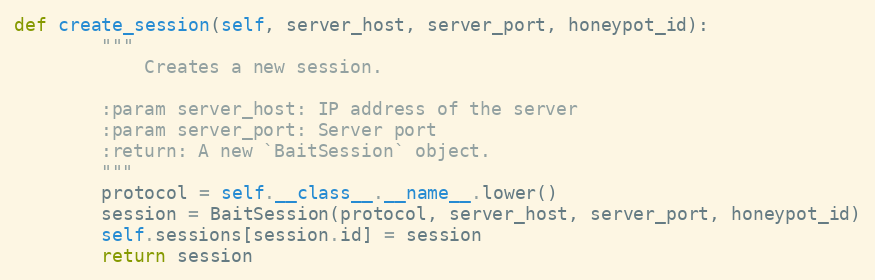
Language: Python
def create_session(self, server_host, server_port, honeypot_id):
        """
            Creates a new session.

        :param server_host: IP address of the server
        :param server_port: Server port
        :return: A new `BaitSession` object.
        """
        protocol = self.__class__.__name__.lower()
        session = BaitSession(protocol, server_host, server_port, honeypot_id)
        self.sessions[session.id] = session
        return session